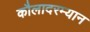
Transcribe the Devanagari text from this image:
कौलादरम्यान